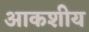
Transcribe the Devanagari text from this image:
आकशीय